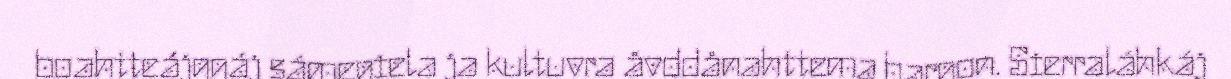
boahtteájggáj sámegiela ja kultuvra åvddånahttema bargon. Sierraláhkáj